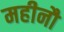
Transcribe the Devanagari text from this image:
महीनौ